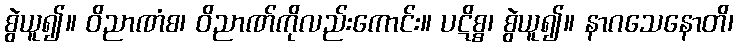
စွဲယူ၍။ ဝိညာဏံစ၊ ဝိညာဏ်ကိုလည်းကောင်း။ ပဋိစ္စ၊ စွဲယူ၍။ နာဂသေနောတိ၊